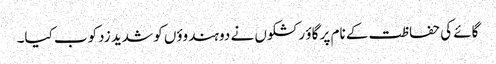
گائے کی حفاظت کے نام پر گاؤ رکشکوں نے دو ہندوؤں کو شدید زدکوب کیا۔